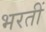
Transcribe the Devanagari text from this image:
भरतीं